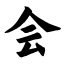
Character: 会